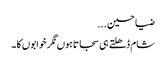
ضیا حسین ...
شام ڈھلتے ہی سجاتاہوں نگر خوابوں کا ۔